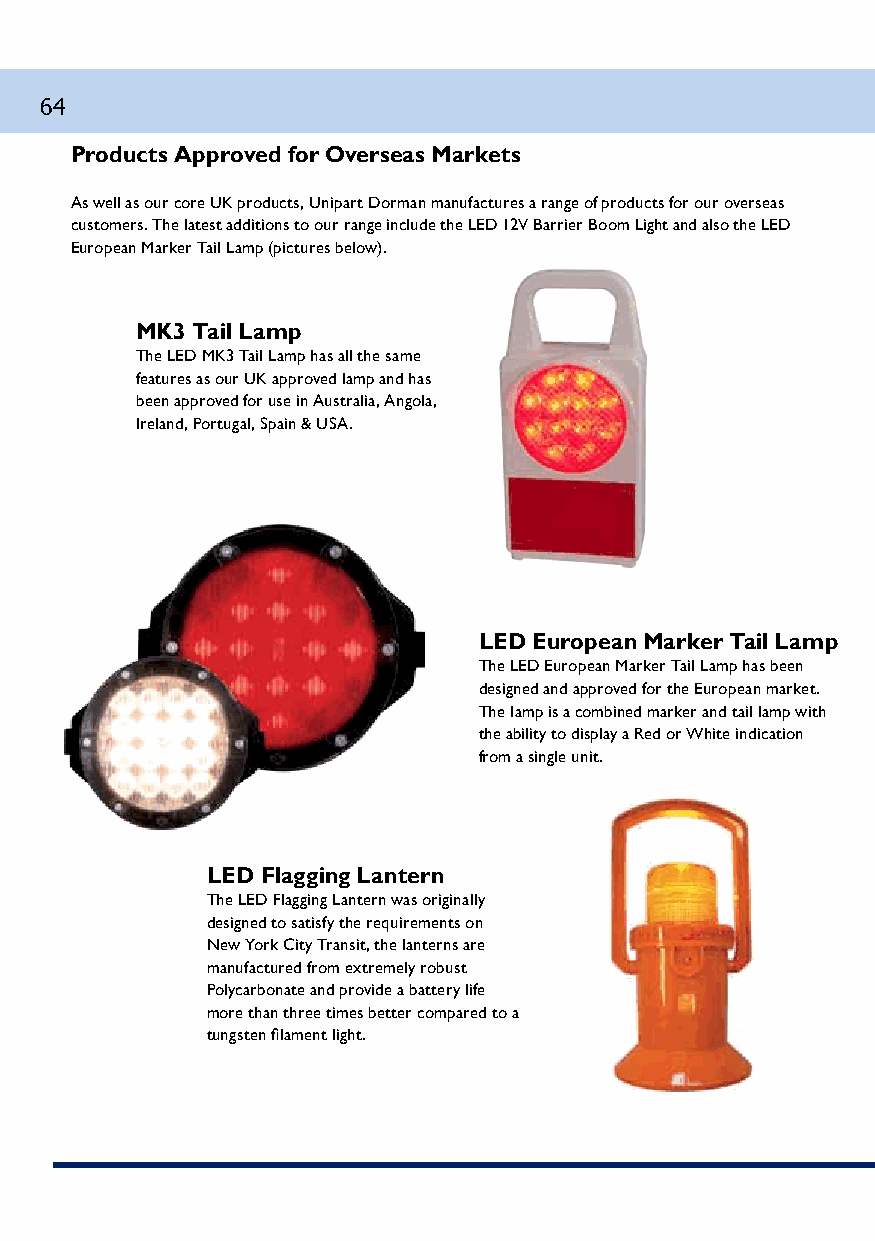
64
 Products Approved for Overseas Markets
 As well as our core UK products, Unipart Dorman manufactures a range of products for our overseas
 customers. The latest additions to our range include the LED 12V Barrier Boom Light and also the LED
 European Marker Tail Lamp (pictures below).
 MK3 Tail Lamp
 The LED MK3 Tail Lamp has all the same
 features as our UK approved lamp and has
 been approved for use in Australia, Angola,
 Ireland, Portugal, Spain & USA.
 LED European Marker Tail Lamp
 The LED European Marker Tail Lamp has been
 designed and approved for the European market.
 The lamp is a combined marker and tail lamp with
 the ability to display a Red or White indication
 from a single unit.
 LED Flagging Lantern
 The LED Flagging Lantern was originally
 designed to satisfy the requirements on
 New York City Transit, the lanterns are
 manufactured from extremely robust
 Polycarbonate and provide a battery life
 more than three times better compared to a
 tungsten filament light.